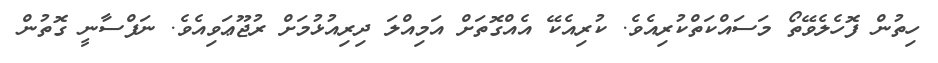
ހިތުން ފޮހެލެވޭތޯ މަސައްކަތްކުރިއެވެ. ކުރިއެކޭ އެއްގޮތަށް އަމިއްލަ ދިރިއުޅުމަށް ރުޖޫޢަވިއެވެ. ނަފްސާނީ ގޮތުން